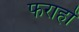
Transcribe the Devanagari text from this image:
फराहों